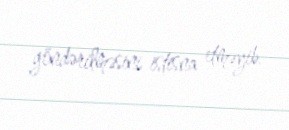
göndərilməsini istisna etməyib.